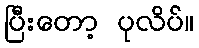
ပြီးတော့ ပုလိပ်။